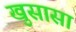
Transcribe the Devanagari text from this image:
खुसासा